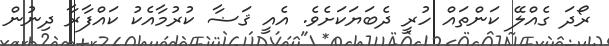
ރޯދަ ގެއްލޭ ކަންތައް ހުރީ ދެބަޔަކަށެވެ. އެއީ ޤަޟާ ކުރުމާއެކު ކައްފާރާ ދިނުން